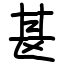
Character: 𫞪